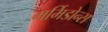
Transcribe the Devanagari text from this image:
मर्मिडोन्स